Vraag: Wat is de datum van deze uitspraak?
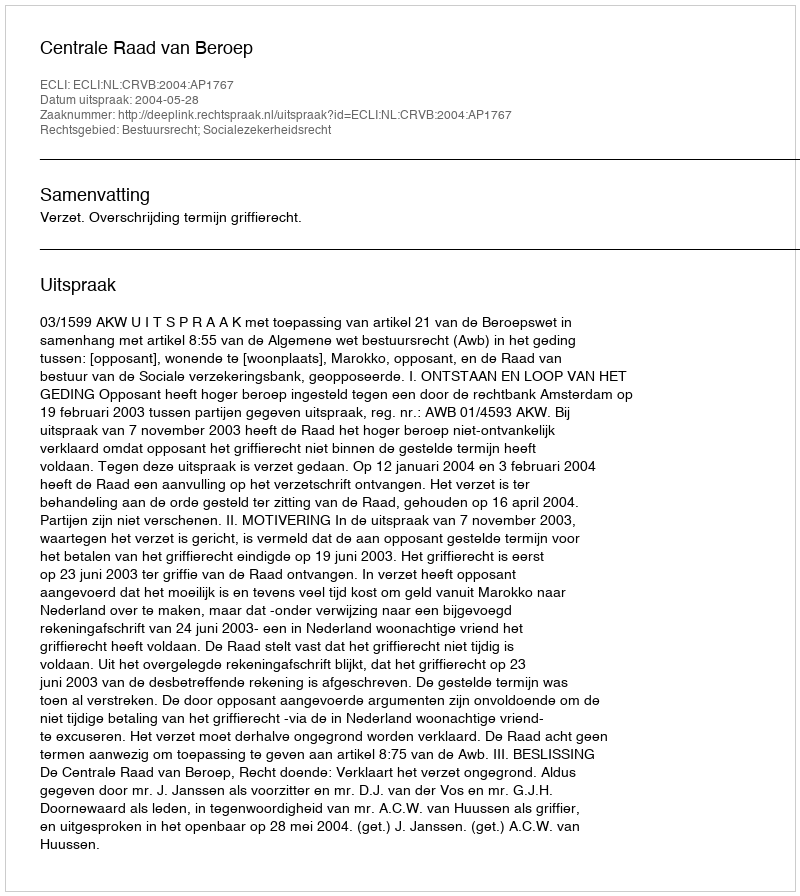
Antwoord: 2004-05-28